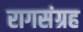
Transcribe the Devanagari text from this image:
रागसंग्रह